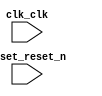
// ProjectSystem.v

// Generated using ACDS version 23.1 991

`timescale 1 ps / 1 ps
module ProjectSystem (
		input  wire  clk_clk,       //   clk.clk
		input  wire  reset_reset_n  // reset.reset_n
	);

endmodule